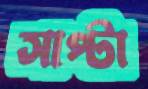
সাপ্টা